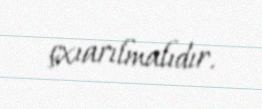
çxıarılmalıdır.